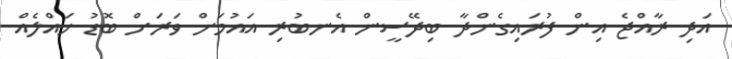
އަދި ރާއްޖެ އިން ފުރައިގެންދާ ބިދޭސީން އެނބުރި އައުމަށް ވަރަށް ބޮޑު ހައްލެއް